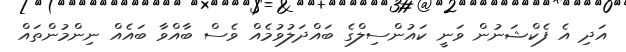
އަދި އެ ފެކްޝަނުން ވަނީ ކައުންސިލްގެ ބައްދަލުވުމެއް ވެސް ބާއްވާ ބައެއް ނިންމުންތައް